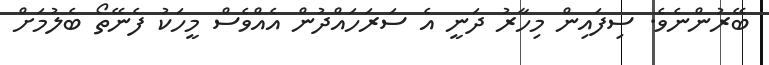
ބޭރުންނެވެ. ސިފައިން މިހާރު ދަނީ އެ ސަރަހައްދުން އެއްވެސް މީހަކު ފެނޭތޯ ބެލުމަށް